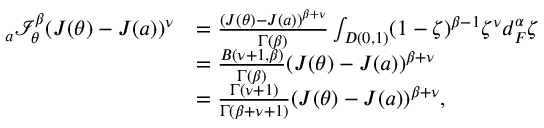
\begin{array} { r l } { _ { a } \mathcal { I } _ { \theta } ^ { \beta } ( J ( \theta ) - J ( a ) ) ^ { \nu } } & { = \frac { ( J ( \theta ) - J ( a ) ) ^ { \beta + \nu } } { \Gamma ( \beta ) } \int _ { D ( 0 , 1 ) } ( 1 - \zeta ) ^ { \beta - 1 } \zeta ^ { \nu } d _ { F } ^ { \alpha } \zeta } \\ & { = \frac { B ( \nu + 1 , \beta ) } { \Gamma ( \beta ) } ( J ( \theta ) - J ( a ) ) ^ { \beta + \nu } } \\ & { = \frac { \Gamma ( \nu + 1 ) } { \Gamma ( \beta + \nu + 1 ) } ( J ( \theta ) - J ( a ) ) ^ { \beta + \nu } , } \end{array}